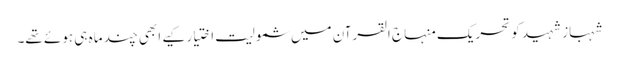
شہباز شہید کو تحریک منہاج القرآن میں شمولیت اختیار کیے ابھی چند ماہ ہی ہوئے تھے۔